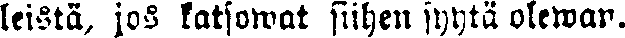
leistä, jos katsowat siihen syytä olewan.